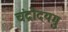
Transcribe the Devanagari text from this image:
चंद्रोदयमु